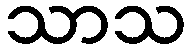
သာသ